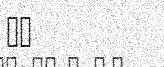
٣٢